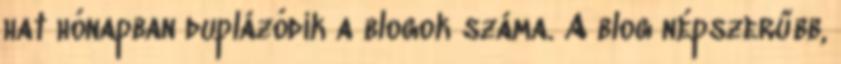
hat hónapban duplázódik a blogok száma. A blog népszerűbb,